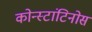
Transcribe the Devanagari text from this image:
कोन्स्टांटिनोस